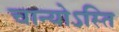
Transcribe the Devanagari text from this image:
चान्योऽस्ति